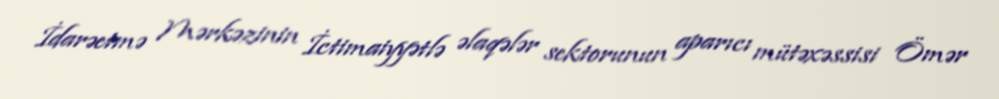
İdarəetmə Mərkəzinin İctimaiyyətlə əlaqələr sektorunun aparıcı mütəxəssisi Ömər